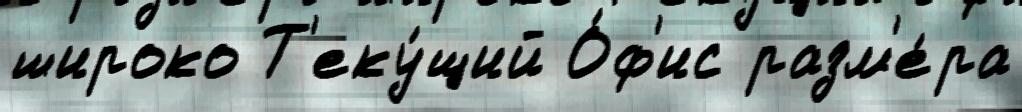
широко Т'еку́щий О́ф'ис разм'е́ра